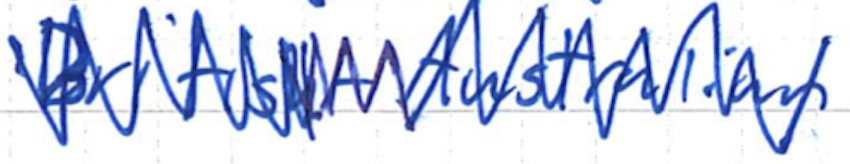
Text: British-Australian
Cross-out: mix
Writing tool: ballpoint